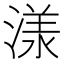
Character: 𣻌